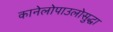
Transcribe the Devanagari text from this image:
कानेलोपाउलोसुद्धा